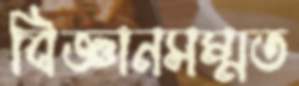
বিজ্ঞানসম্মত